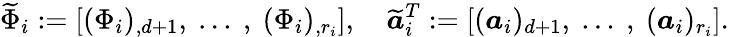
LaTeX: \widetilde{\Phi}_{i}:=\left[(\Phi_{i})_{,d+1},\mathrm{~}...\mathrm{~},\mathrm{~}(\Phi_{i})_{,r_{i}}\right],\quad\widetilde{\boldsymbol{a}}_{i}^{T}:=\left[(\boldsymbol{a}_{i})_{d+1},\mathrm{~}...\mathrm{~},\mathrm{~}(\boldsymbol{a}_{i})_{r_{i}}\right].